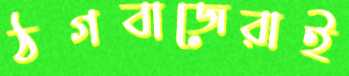
ঠগবাজেরাই